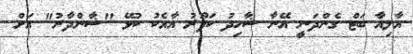
އާލިއާ ބަޓް ގެންދަނީ އޭނާ ޝާހިދު ކަޕޫރު އާއެކު ކުޅޭ ''ޝާންދާރު'' އަށް